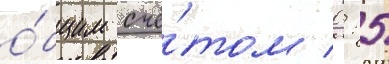
о́бщим счё́том 0: 5